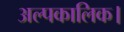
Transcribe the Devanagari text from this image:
अल्पकालिक।